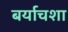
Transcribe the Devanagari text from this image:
बर्याचशा